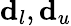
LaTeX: \mathbf{d}_{l},\mathbf{d}_{u}